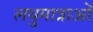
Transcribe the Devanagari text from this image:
लघुमात्राओं